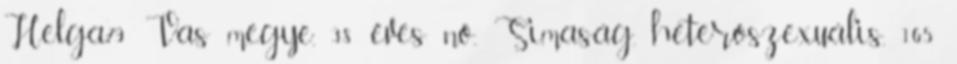
Helga79 Vas megye, 38 éves nő, Simaság, heteroszexuális, 165